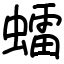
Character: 𧒽